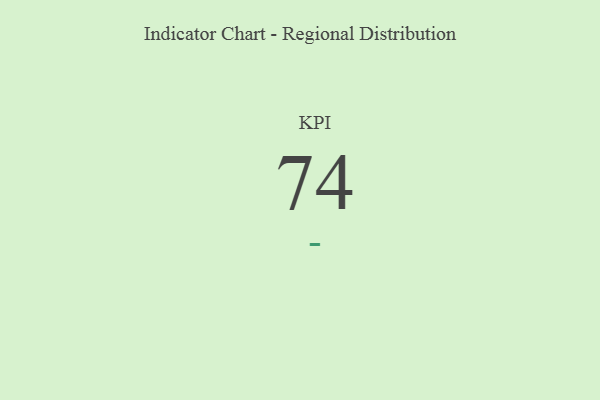
{"axis": {"x": "KPI", "y": "Value"}, "legend": [""], "data": [{"x": "KPI", "y": 74, "type": ""}]}